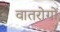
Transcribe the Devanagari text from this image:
वातरोगों